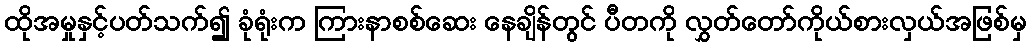
ထိုအမှုနှင့်ပတ်သက်၍ ခုံရုံးက ကြားနာစစ်ဆေး နေချိန်တွင် ပီတကို လွှတ်တော်ကိုယ်စားလှယ်အဖြစ်မှ